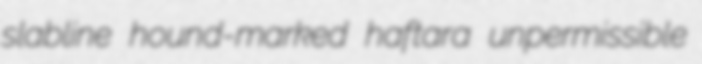
slabline hound-marked haftara unpermissible